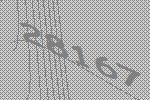
28167